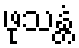
ဖုသန္တံ